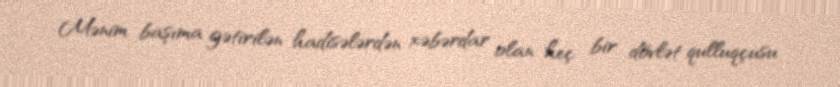
Mənim başıma gətirilən hadisələrdən xəbərdar olan heç bir dövlət qulluqçusu